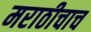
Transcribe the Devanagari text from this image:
मराठीचाच